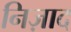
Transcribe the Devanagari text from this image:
निज़ाद